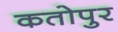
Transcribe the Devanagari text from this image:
कतोपुर